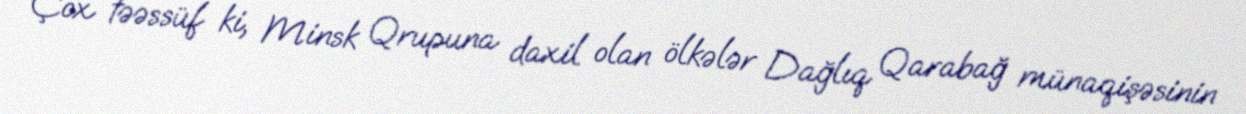
Çox təəssüf ki, Minsk Qrupuna daxil olan ölkələr Dağlıq Qarabağ münaqişəsinin